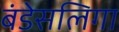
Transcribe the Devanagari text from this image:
बंडेसलिगा